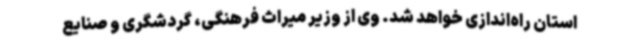
استان راه‌اندازی خواهد شد. وی از وزیر میراث فرهنگی، گردشگری و صنایع